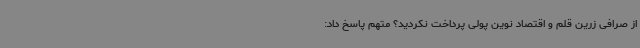
از صرافی زرین قلم و اقتصاد نوین پولی پرداخت نکردید؟ متهم پاسخ داد: